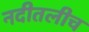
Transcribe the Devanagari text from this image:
नदीतलीच